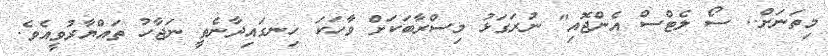
މިތަނަށް.. ސޯ ލެޓްސް އެންޖޮއި" ނުރަގަޅު މިސްރާބަކަށް ވާހަކަ ހިނގައިދާނެތީ ނަޖާހު ތައްޔާރުވީއެވެ.